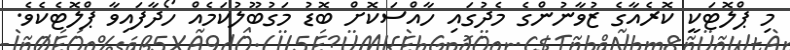
މި ޕްލޮޓަކީ ކޮރެއާގެ ޒުވާނުންގެ މެދުގައި ހާއްސަކޮށް ބޮޑު މަގުބޫލުކަމެއް ހޯދާފައިވާ ޕްލޮޓެކެވެ.